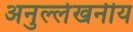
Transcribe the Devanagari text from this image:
अनुल्लेखनीय